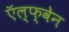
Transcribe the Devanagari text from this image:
ऍल्फ्वेन